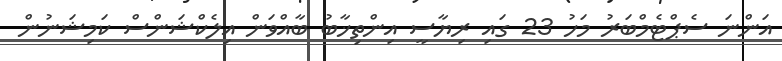
އަންނަ ސެޕްޓެމްބަރު މަހު 23 ގައި ރިޔާސީ އިންތިޚާބު ބާއްވަން އިލެކްޝަންސް ކަމިޝަނުން